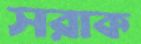
সরাক